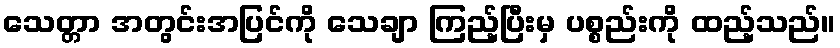
သေတ္တာ အတွင်းအပြင်ကို သေချာ ကြည့်ပြီးမှ ပစ္စည်းကို ထည့်သည်။